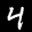
Label: 4